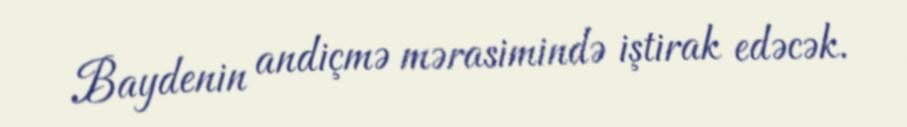
Baydenin andiçmə mərasimində iştirak edəcək.